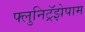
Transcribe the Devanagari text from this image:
फ्लुनिट्रॅझेपाम